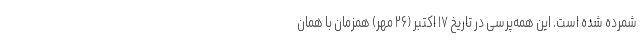
شمرده شده است. این همه‌پرسی در تاریخ ۱۷ اکتبر (۲۶ مهر) همزمان با همان